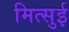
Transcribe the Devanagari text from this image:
मित्‍सुई